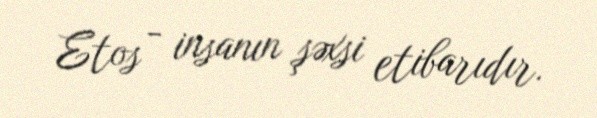
Etos - insanın şəxsi etibarıdır.